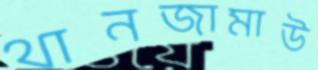
থানজামাউ